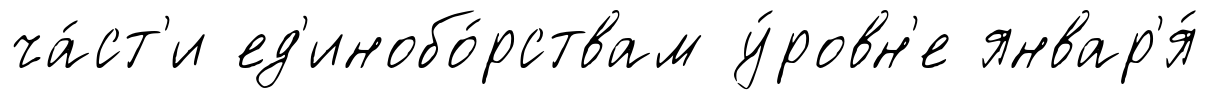
ча́ст'и ед'инобо́рствам у́ровн'е январ'я́